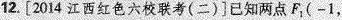
12.[2014江西红色六校联考(二)]已知两点F_{1}(-1，